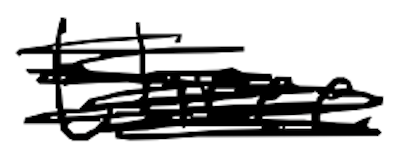
Text: three
Cross-out: mix
Writing tool: digital_black